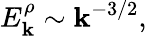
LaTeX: E_{\mathbf{k}}^{\rho}\sim\mathbf{k}^{-3/2},